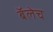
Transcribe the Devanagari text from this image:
बॅलेच